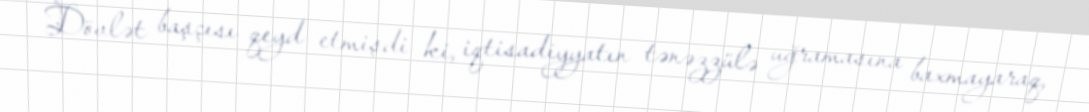
Dövlət başçısı qeyd etmişdi ki, iqtisadiyyatın tənəzzülə uğramasına baxmayaraq,